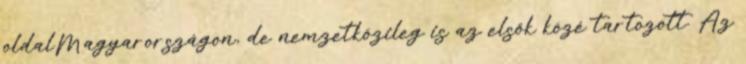
oldalMagyarországon, de nemzetközileg is az elsők közé tartozott. Az